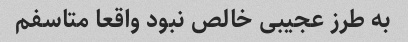
به طرز عجیبی خالص نبود واقعا متاسفم